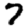
Digit: 7